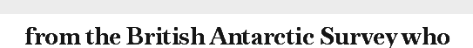
from the British Antarctic Survey who